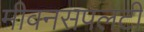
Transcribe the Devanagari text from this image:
मीवनसपलटी